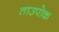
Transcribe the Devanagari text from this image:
ताउपोक